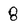
Character: 8